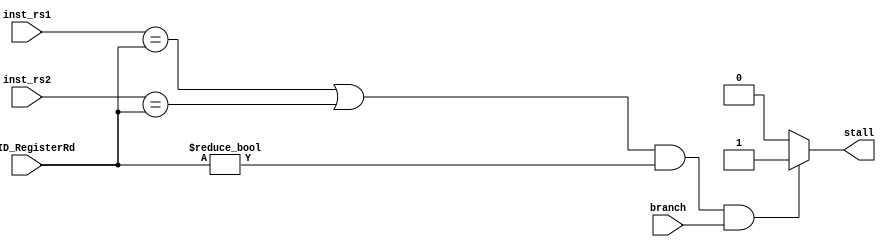
module Hazard_Unit_prediction(
input [4:0] inst_rs1,inst_rs2,IF_ID_RegisterRd,
input branch,
output reg stall
    );
    always@(*)
    begin
    if (( (inst_rs1==IF_ID_RegisterRd) || (inst_rs2==IF_ID_RegisterRd))  && (IF_ID_RegisterRd != 0)&& (branch))
    stall = 1;
    else 
    stall = 0; 
    end 
    
endmodule